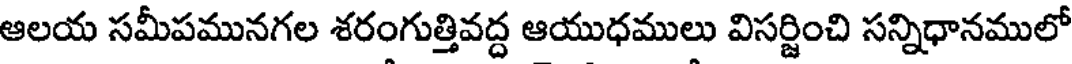
ఆలయ సమీపమునగల శరంగుత్తివద్ద ఆయుధములు విసర్జించి సన్నిధానములో